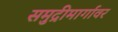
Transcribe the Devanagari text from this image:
समुद्रीमार्गावर